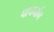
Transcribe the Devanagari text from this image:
पाचनांग